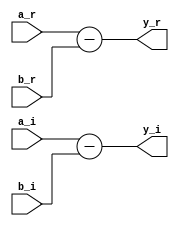
module sub_imag
#(parameter DATA_WIDTH = 64)
(a_r, a_i, b_r, b_i, y_r, y_i);

  input [DATA_WIDTH - 1: 0] a_r;
  input [DATA_WIDTH - 1: 0] a_i;
  input [DATA_WIDTH - 1: 0] b_r;
  input [DATA_WIDTH - 1: 0] b_i;

  output [DATA_WIDTH - 1: 0] y_r;
  output [DATA_WIDTH - 1: 0] y_i;

  assign y_r = a_r - b_r;
  assign y_i = a_i - b_i;

endmodule